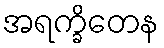
အရက္ခိတေန